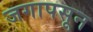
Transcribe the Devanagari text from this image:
जगापसून